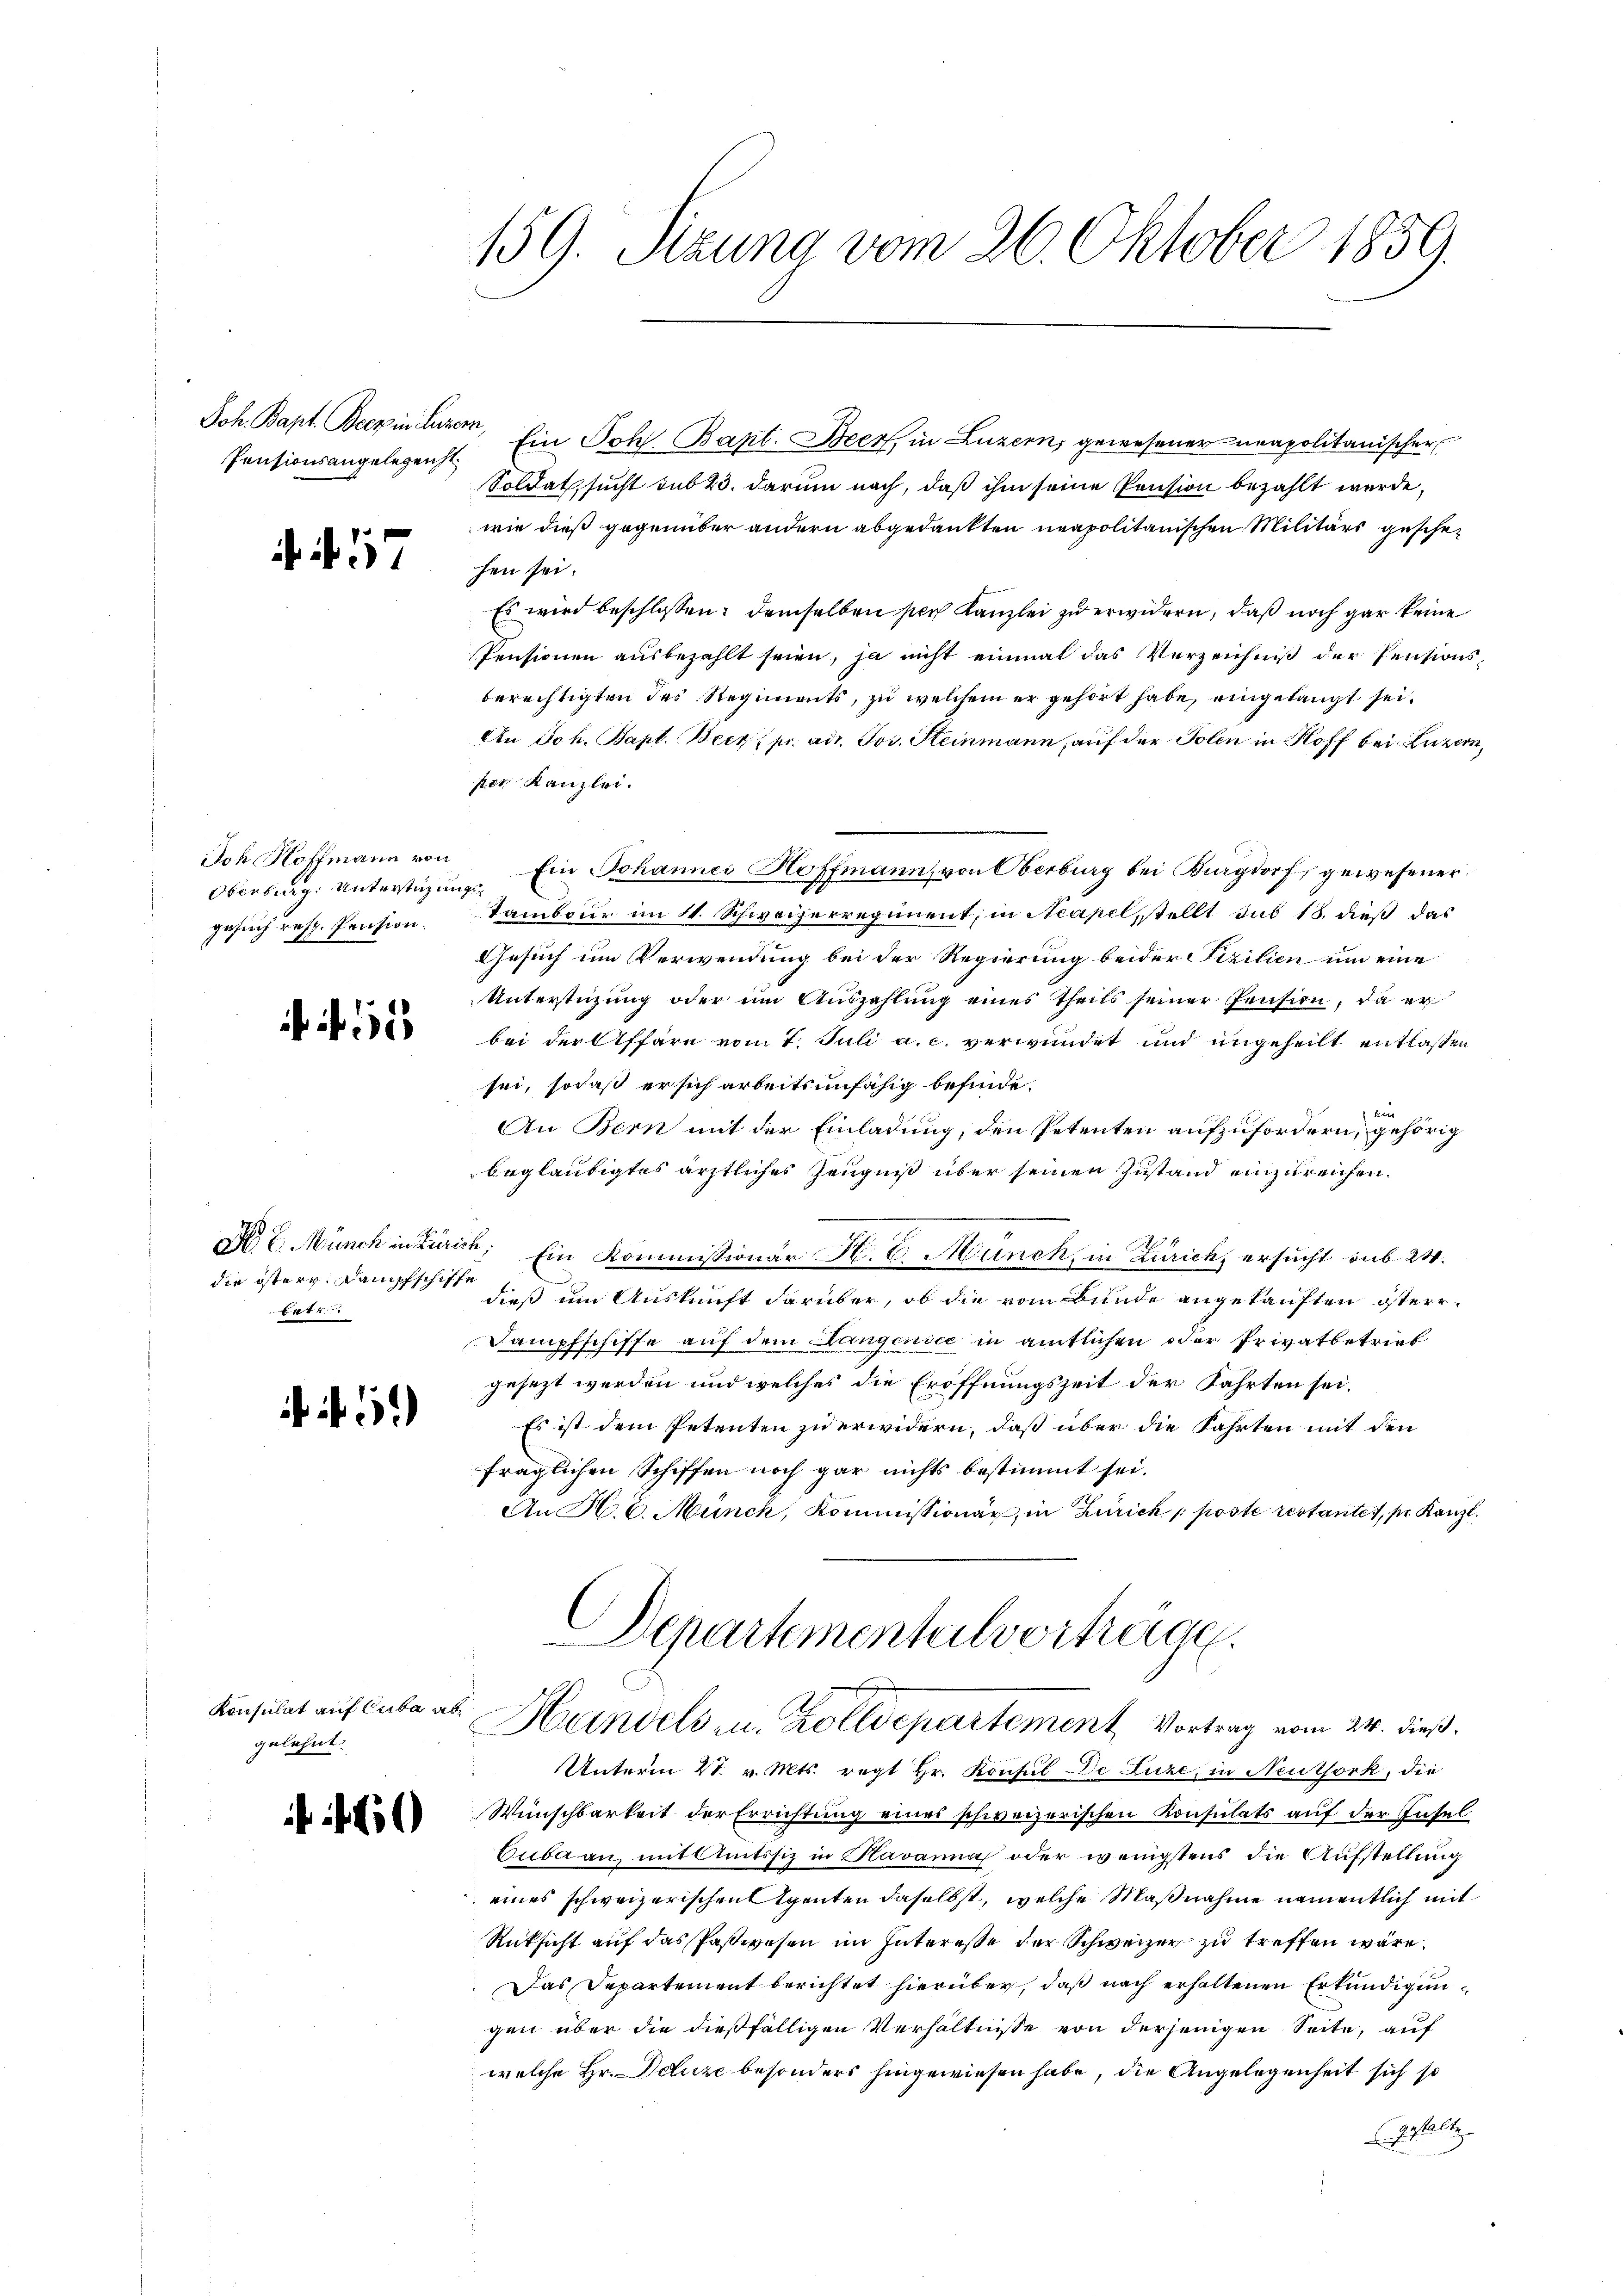
Joh. Bapt. Beer in Luzern,
Pensionsangelegenst

. N. 57

Ioh Hoffmann von
gesuch resp. Pension.

N. 11

die östern Kampfschiffe
44.

f 12

Konsulat auf Cuba abgelehnt.

60

159. Sitzung vom 26. Oktober 1859.

Ein Joh. Bapt. Beer, in Luzern, gewesener neapolitanischer
Soldat, sucht sub 23. darum nach, daß ihm seine Pension bezahlt werde,
wie dieß gegenüber andern abgedankten neapolitanischen Militärs geschehen sei.
Es wird beschlossen: demselben sich Kanzlei zu erwidern, daß noch gar keine
Pensionen ausbezahlt seien, ja nicht einmal das Verzeichniß der Pensionsberechtigten des Regiments, zu welchem er gehört habe, eingelangt sei.
An Joh. Bapt. Beck pr. ad. Jos. Steinmann, auf der Polen in Kloff bei Luzern,
ser Kanzlei.
Oberburg. Unterstüzung. Ein Johannei Hoffmann, von Oberburg bei Burgdorf gewesener
Tambour im 11. Schweizerregiment, in Neapel, stellt sub 18. dieß das
Gesuch um Verwendung bei der Regierung beider Fizilien um eine
Unterstüzung oder im Auszahlung eines Theils seiner Pension, da er
bei der Affäre vom 7. Juli a. c. verwundet und ungeheilt entlassen
sei, sodaß er sich arbeitsunfähig befinde.
kre
An Bern mit der Einladung, den Petenten aufzufordern, gehörig
beglaubigtes ärztliches Zeugniß über seinen Zustand einzureichen.
24
No 2. Münch in Zürich, Ein Kommissionär H. C. Münch, in Zürich ersucht sub 24.
dieß im Auskunft darüber, ob die vom Bunde angekauften österr¬
Sampfschiffe auf dem Hangenice in amtlichen oder Privatbetrieb
gesezt werden und welches die Eröffnungszeit der Fahrten sei.
Es ist dem Petenten zu erwidern, daß über die Fahrten mit den
fraglichen Schiffen noch gar nichts bestimmt sei.
An H. v. Münch, Kommissionar, in Zürich poste restantes, se Kanzl
Departementalverträge.

Handels u. Zolldepartement, Vortrag vom 24. dieß.

Unterm 21. v. Mts. regt Hr. Konsul De Luze, in Neuthork, die
Wünschbarkeit der Errichtung eines schweizerischen Konsulats auf der Insel
Euba an mit Amtssitz in Kavanna oder wenigstens die Aufstellung
eines schweizerischen Agenten daselbst, welche Maßnahme namentlich mit
Rücksicht auf das Paßwesen im Interesse der Schweizer zu treffen wäre.
Das Departement berichtet hierüber, daß nach erhaltenen Erkundigungen über die dießfälligen Verhältnisse von derjenigen Seite, auf
welche Hr. Polize besonders hingewiesen habe, die Angelegenheit sich so
gestalten.